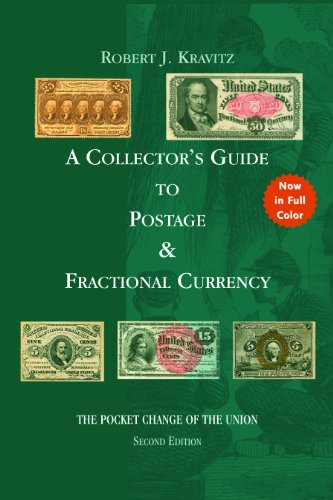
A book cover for A Collector's Guide to Postage & Fractional Currency; Robert J. Kravitz; Crafts, Hobbies & Home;